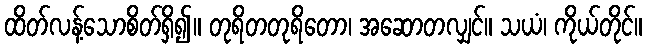
ထိတ်လန့်သောစိတ်ရှိ၍။ တုရိတတုရိတော၊ အဆောတလျှင်။ သယံ၊ ကိုယ်တိုင်။